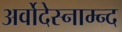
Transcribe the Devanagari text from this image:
अर्वोदेस्नाम्न्द